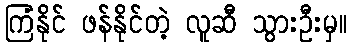
ကြံနိုင် ဖန်နိုင်တဲ့ လူဆီ သွားဦးမှ။